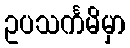
ဥပသင်္ကမိမှာ